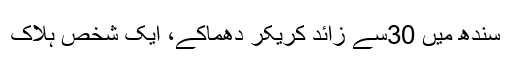
سندھ میں 30سے زائد کریکر دھماکے، ایک شخص ہلاک